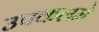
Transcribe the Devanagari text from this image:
उपकलमे